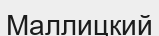
Маллицкий